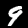
Label: 9